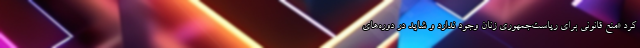
کرد «منع قانونی برای ریاست‌جمهوری زنان وجود ندارد و شاید در دوره‌های